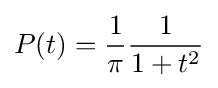
P(t)={\frac {1}{\pi }}{\frac {1}{1+t^{2}}}